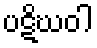
ပဋိဃဝါ